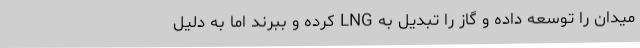
میدان را توسعه داده و گاز را تبدیل به LNG کرده و ببرند اما به دلیل